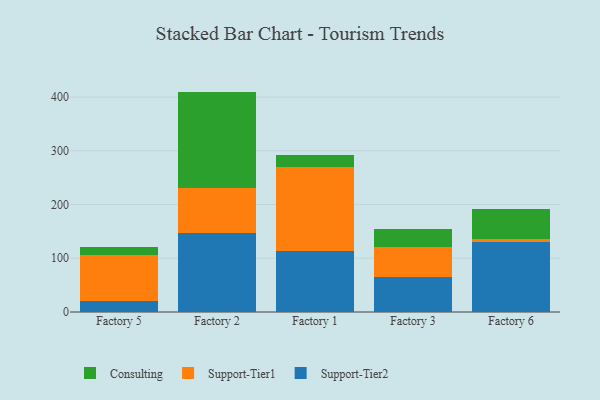
{"axis": {"x": "Factory", "y": "Population (Million)"}, "legend": ["Consulting", "Support-Tier1", "Support-Tier2"], "data": [{"x": "Factory 5", "y": 21.3, "type": "Support-Tier2"}, {"x": "Factory 5", "y": 84.7, "type": "Support-Tier1"}, {"x": "Factory 5", "y": 14.4, "type": "Consulting"}, {"x": "Factory 2", "y": 147.7, "type": "Support-Tier2"}, {"x": "Factory 2", "y": 83.0, "type": "Support-Tier1"}, {"x": "Factory 2", "y": 179.4, "type": "Consulting"}, {"x": "Factory 1", "y": 114.0, "type": "Support-Tier2"}, {"x": "Factory 1", "y": 156.1, "type": "Support-Tier1"}, {"x": "Factory 1", "y": 22.1, "type": "Consulting"}, {"x": "Factory 3", "y": 64.8, "type": "Support-Tier2"}, {"x": "Factory 3", "y": 55.3, "type": "Support-Tier1"}, {"x": "Factory 3", "y": 33.9, "type": "Consulting"}, {"x": "Factory 6", "y": 129.9, "type": "Support-Tier2"}, {"x": "Factory 6", "y": 6.0, "type": "Support-Tier1"}, {"x": "Factory 6", "y": 55.6, "type": "Consulting"}]}